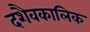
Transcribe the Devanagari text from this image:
दशैवकालिक